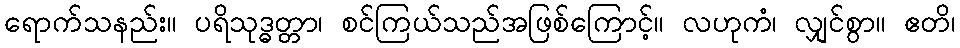
ရောက်သနည်း။ ပရိသုဒ္ဓတ္တာ၊ စင်ကြယ်သည်အဖြစ်ကြောင့်။ လဟုကံ၊ လျှင်စွာ။ ဧတိ၊